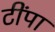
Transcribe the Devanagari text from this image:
टींपा